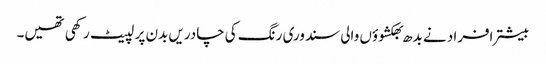
بیشتر افراد نے بدھ بھکشوؤں والی سندوری رنگ کی چادریں بدن پر لپیٹ رکھی تھیں۔